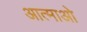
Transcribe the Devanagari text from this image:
आत्माओ